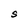
Character: S